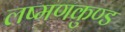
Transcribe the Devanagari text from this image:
लष्मणकुण्ड